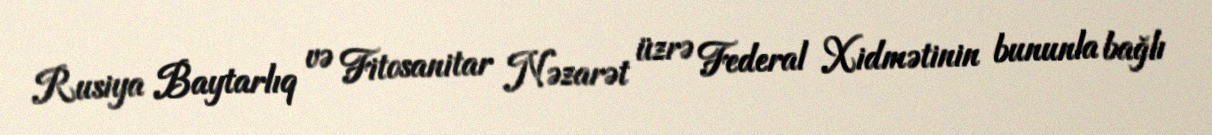
Rusiya Baytarlıq və Fitosanitar Nəzarət üzrə Federal Xidmətinin bununla bağlı